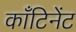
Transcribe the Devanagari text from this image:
काँटिनेंट